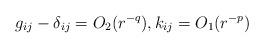
LaTeX: \begin{align*}g_{ij}-\delta_{ij}=O_2(r^{-q}), k_{ij}=O_1({r^{-p}})\end{align*}